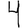
Digit: 4